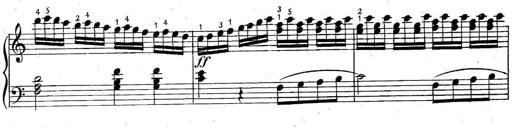
Title: 6 Easy Sonatinas
Composer: Carl Czerny